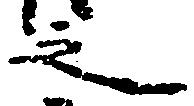
之